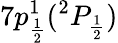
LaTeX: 7p_{\frac{1}{2}}^{1}(^{2}P_{\frac{1}{2}})